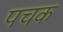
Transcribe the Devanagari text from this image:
पचक